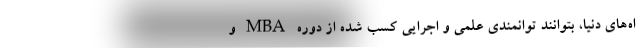
اه‌های دنیا، بتوانند توانمندی علمی و اجرایی کسب شده از دوره‌ MBA و